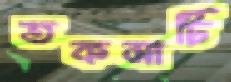
তকমাটি